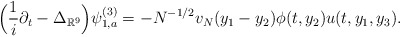
\begin{align*} \Big(\frac{1}{i}\partial_t-\Delta_{\mathbb{R}^9}\Big)\psi_{1,a}^{(3)}=-N^{-1/2}v_N(y_1-y_2)\phi(t,y_2)u(t,y_1,y_3).\end{align*}